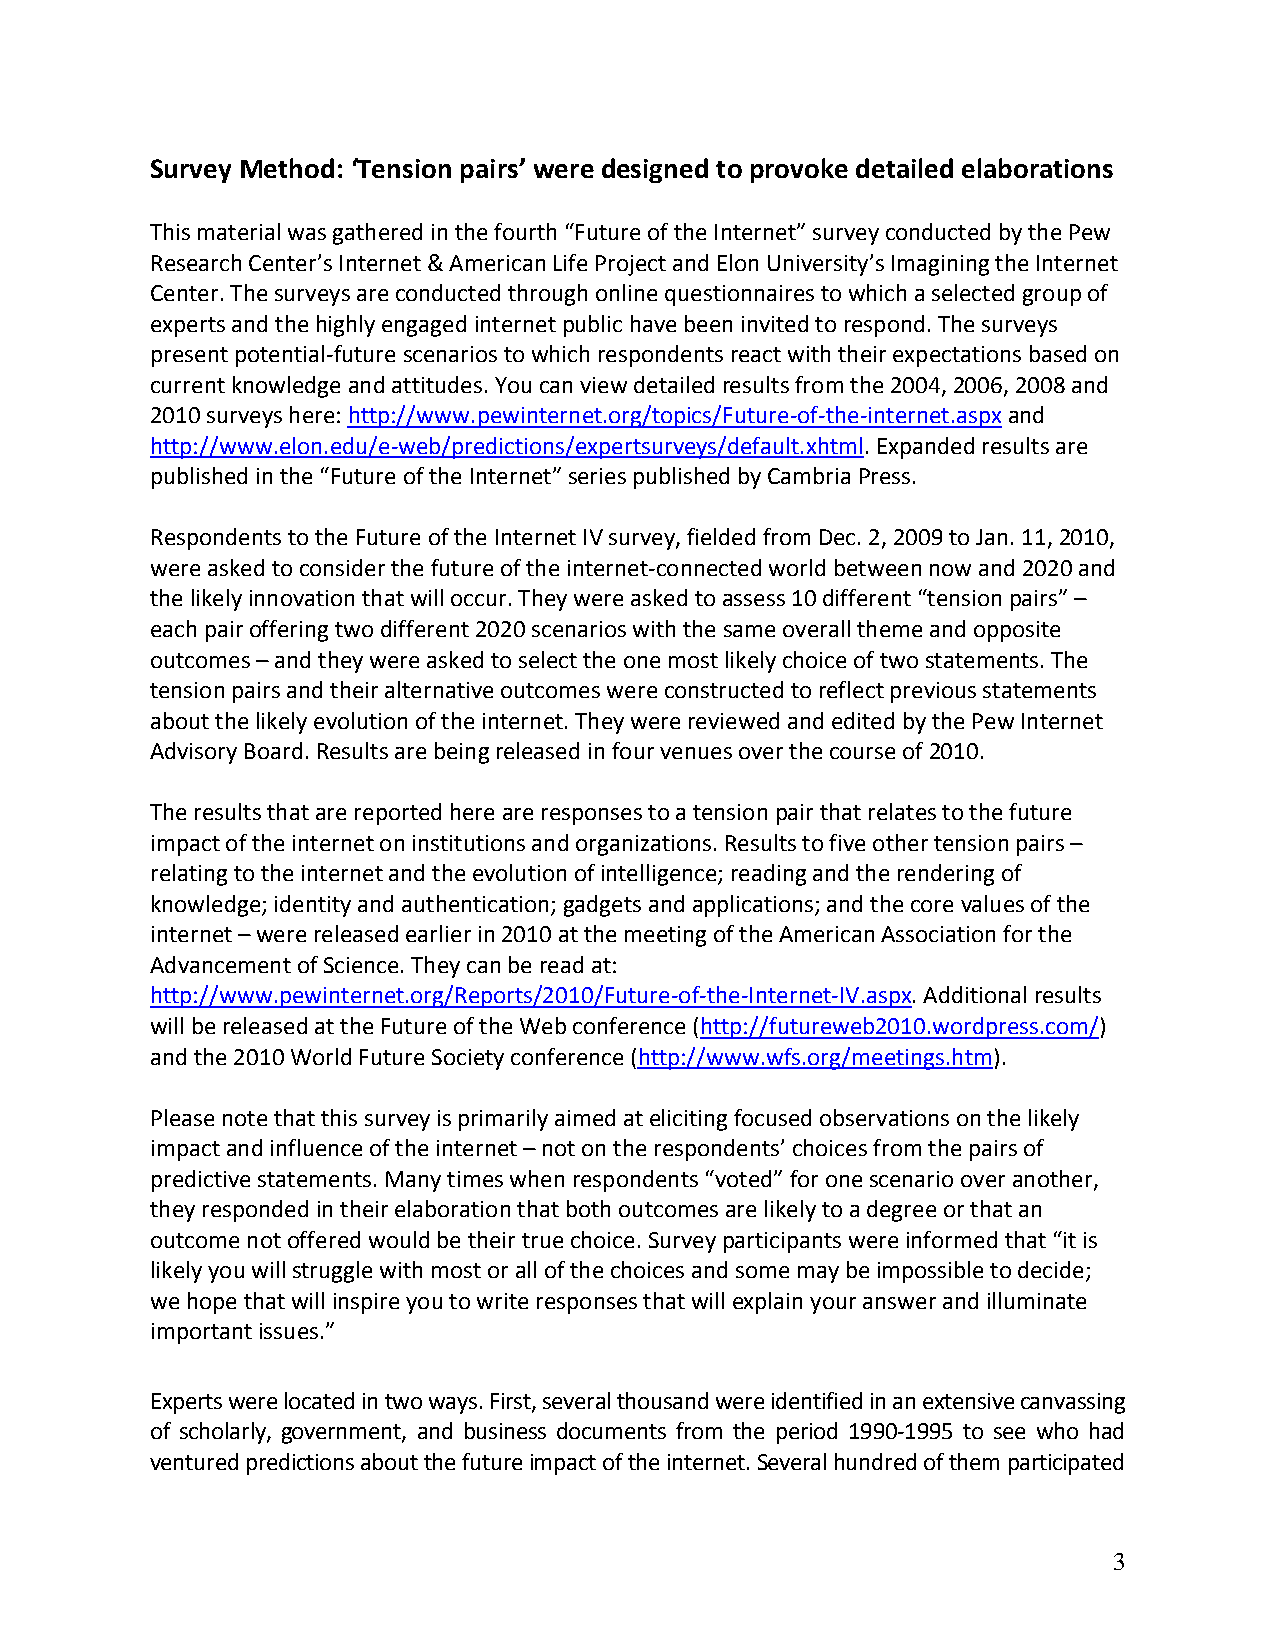
Survey Method: ‘Tension pairs’ were designed to provoke detailed elaborations
 This material was gathered in the fourth “Future of the Internet” survey conducted by the Pew
 Research Center’s Internet & American Life Project and Elon University’s Imagining the Internet
 Center. The surveys are conducted through online questionnaires to which a selected group of
 experts and the highly engaged internet public have been invited to respond. The surveys
 present potential‐future scenarios to which respondents react with their expectations based on
 current knowledge and attitudes. You can view detailed results from the 2004, 2006, 2008 and
 2010 surveys here: http://www.pewinternet.org/topics/Future‐of‐the‐internet.aspx and
 http://www.elon.edu/e‐web/predictions/expertsurveys/default.xhtml. Expanded results are
 published in the “Future of the Internet” series published by Cambria Press.
 Respondents to the Future of the Internet IV survey, fielded from Dec. 2, 2009 to Jan. 11, 2010,
 were asked to consider the future of the internet‐connected world between now and 2020 and
 the likely innovation that will occur. They were asked to assess 10 different “tension pairs” –
 each pair offering two different 2020 scenarios with the same overall theme and opposite
 outcomes – and they were asked to select the one most likely choice of two statements. The
 tension pairs and their alternative outcomes were constructed to reflect previous statements
 about the likely evolution of the internet. They were reviewed and edited by the Pew Internet
 Advisory Board. Results are being released in four venues over the course of 2010.
 The results that are reported here are responses to a tension pair that relates to the future
 impact of the internet on institutions and organizations. Results to five other tension pairs –
 relating to the internet and the evolution of intelligence; reading and the rendering of
 knowledge; identity and authentication; gadgets and applications; and the core values of the
 internet – were released earlier in 2010 at the meeting of the American Association for the
 Advancement of Science. They can be read at:
 http://www.pewinternet.org/Reports/2010/Future‐of‐the‐Internet‐IV.aspx. Additional results
 will be released at the Future of the Web conference (http://futureweb2010.wordpress.com/)
 and the 2010 World Future Society conference (http://www.wfs.org/meetings.htm).
 Please note that this survey is primarily aimed at eliciting focused observations on the likely
 impact and influence of the internet – not on the respondents’ choices from the pairs of
 predictive statements. Many times when respondents “voted” for one scenario over another,
 they responded in their elaboration that both outcomes are likely to a degree or that an
 outcome not offered would be their true choice. Survey participants were informed that “it is
 likely you will struggle with most or all of the choices and some may be impossible to decide;
 we hope that will inspire you to write responses that will explain your answer and illuminate
 important issues.”
 Experts were located in two ways. First, several thousand were identified in an extensive canvassing
 of scholarly, government, and business documents from the period 1990‐1995 to see who had
 ventured predictions about the future impact of the internet. Several hundred of them participated
 3